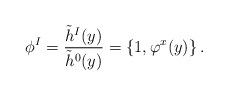
LaTeX: \begin{align*}\phi^I = {\tilde h^I(y)\over \tilde h^0(y)}= \{1, \varphi^x(y)\} \, .\end{align*}